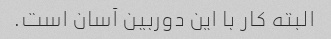
البته کار با این دوربین آسان است.